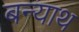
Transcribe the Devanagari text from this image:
बन्याथ